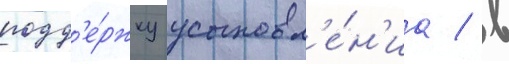
подд'е́ржку усыновл'е́н'иа / в